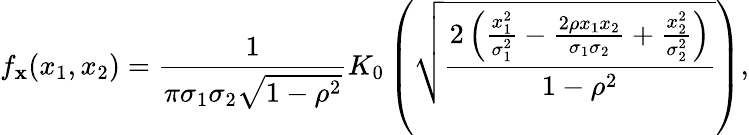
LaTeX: f_{\mathbf{x}}(x_{1},x_{2})={\frac{1}{\pi\sigma_{1}\sigma_{2}{\sqrt{1-\rho^{2}}}}}K_{0}\left({\sqrt{\frac{2\left({\frac{x_{1}^{2}}{\sigma_{1}^{2}}}-{\frac{2\rho x_{1}x_{2}}{\sigma_{1}\sigma_{2}}}+{\frac{x_{2}^{2}}{\sigma_{2}^{2}}}\right)}{1-\rho^{2}}}}\right),